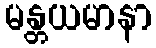
မန္တယမာနာ